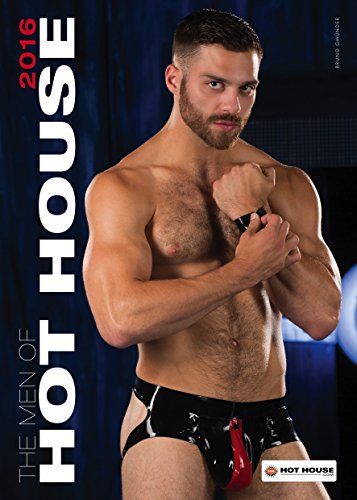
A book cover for Men of Hot House Calendar; Arts & Photography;